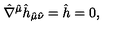
\hat { \nabla } ^ { \hat { \mu } } \hat { h } _ { \hat { \mu } \hat { \nu } } = \hat { h } = 0 ,